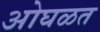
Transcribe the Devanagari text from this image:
ओघळत